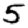
Digit: 5